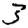
Digit: 3